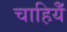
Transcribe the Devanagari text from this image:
चाहियेँ